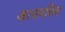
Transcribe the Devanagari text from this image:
अत्यमधिक